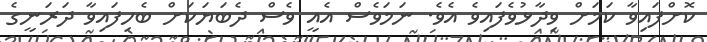
ކޮށްފައިވާ ކަމަށް ވިދާޅުވެފައިވެ އެވެ. ނަމަވެސް އެއީ ވެސް ދެބަޔަކަށް ބެހިފައިވާ ދަރަނީގެ